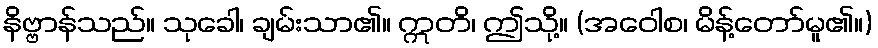
နိဗ္ဗာန်သည်။ သုခေါ၊ ချမ်းသာ၏။ ဣတိ၊ ဤသို့။ (အဝေါစ၊ မိန့်တော်မူ၏။)